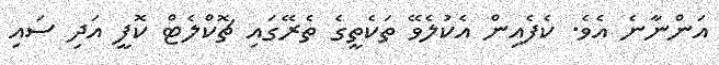
އަންނާނެ އެވެ. ކެފެއިން އެކުލެވޭ ތަކެތީގެ ތެރޭގައި ޗޮކްލެޓް ކޮފީ އަދި ސައި